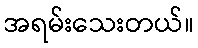
အရမ်းသေးတယ်။